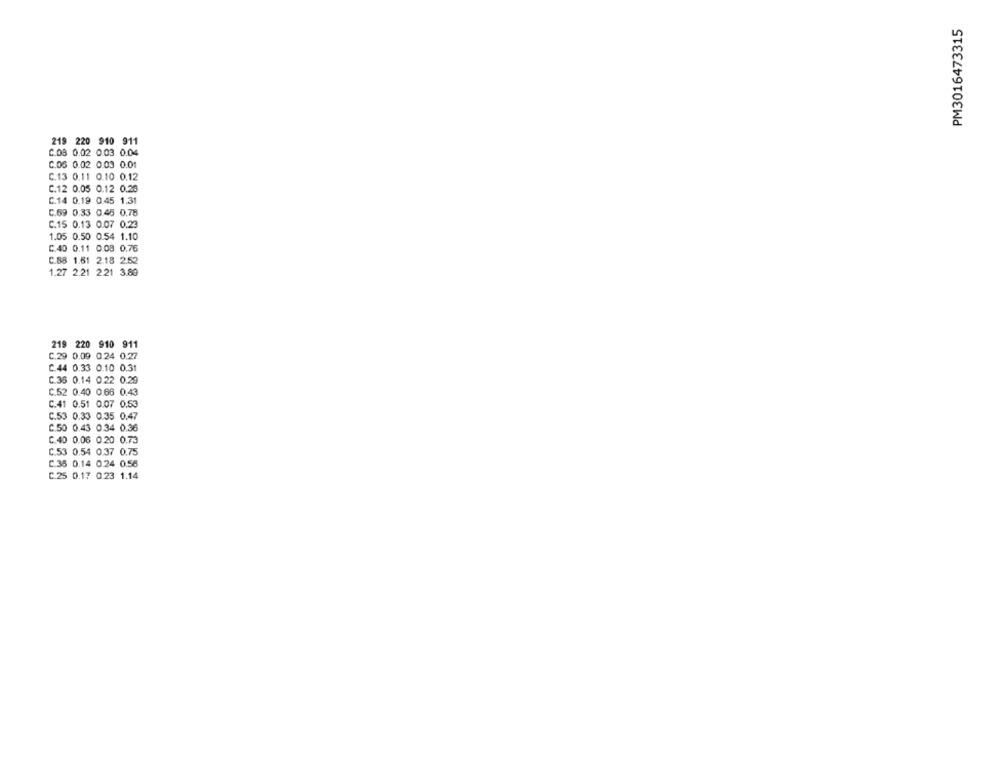
PM3016473315
219 220 910 911
C.08 0.02 0.03 0.04
C.06 0.02 0.03 0.01
C.13 0.11 0.10 0.12
C.12 0.05 0.12 0.26
C.14 0.19 0.45 1.31
C.69 0.33 0.45 0.78
C.15 0.13 0.07 0.23
1.05 0.50 0.54 1.10
C.40 0.11 0.08 0.76
C.88 1.61 2.18 2.52
1.27 2.21 2.21 3.80
219 220 910 911
C.29 0.09 0.24 0.27
C.44 0.33 0.10 0.31
C.36 0.14 0.22 0.29
C.52 0.40 0.66 0.43
C.41 0.51 0.07 0.53
C.53 0.33 0.35 0.47
C.50 0.43 0.34 0.36
C.40 0.06 0.20 0.73
C.53 0.54 0.37 0.75
C.35 0.14 0.24 0.56
C.25 0.17 0.23 1.14